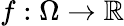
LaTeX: f:\Omega\to\mathbb{R}